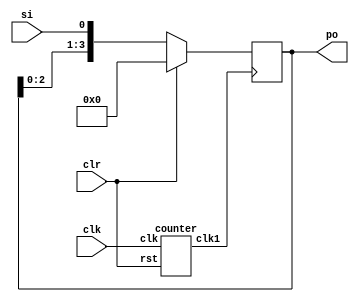
`timescale 1ns / 1ps
//////////////////////////////////////////////////////////////////////////////////
// Company: 
// Engineer: 
// 
// Design Name: 
// Module Name: sipo
// Project Name: 
// Target Devices: 
// Tool Versions: 
// Description: 
// 
// Dependencies: 
// 
// Revision:
// Revision 0.01 - File Created
// Additional Comments:
// 
//////////////////////////////////////////////////////////////////////////////////

/*
module sipo(si,clk,clr,po);
input si,clk,clr;
output [3:0] po;

dff d1 (si,clk,clr,po[0]);
dff d2 (po[0],clk,clr,po[1]);
dff d3 (po[1],clk,clr,po[2]);
dff d4 (po[2],clk,clr,po[3]);

endmodule

module dff(in,clk,clr,op);
input in,clk,clr;
output reg op;

always @ (posedge clk) begin
if(clr)
    op=0;
else
    op=in;
end
endmodule
*/
module sipo(si,clk,clr,po);
input si,clk,clr;
output  [3:0] po;
reg [3:0] temp;
wire clk1;
counter c1 (clk,clr,clk1);
always @(posedge clk1) begin 
if(clr)
    temp= 4'b0000;
else
    temp={temp[2:0],si};
end
 
assign po=temp;
endmodule

module counter(clk,rst,clk1);
input clk,rst;
output clk1;
reg [24:0] q;
assign clk1=q[24];
always @(posedge clk )
if(rst)
    q=25'b0;
else
    q=q+1;
 endmodule